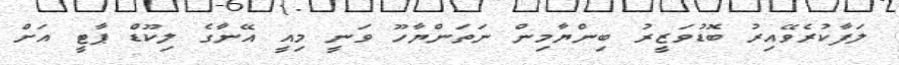
ލަފާކުރެވޭއިރު ބޮޑުވަޒީރު ބިންޔާމިން ނަތަންޔާހޫ ވަނީ މިއީ އޭނާގެ ލިކޫޑް ޕާޓީ އަށް